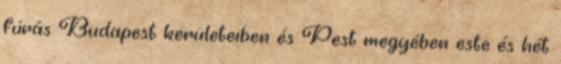
fúrás Budapest kerületeiben és Pest megyében este és hét